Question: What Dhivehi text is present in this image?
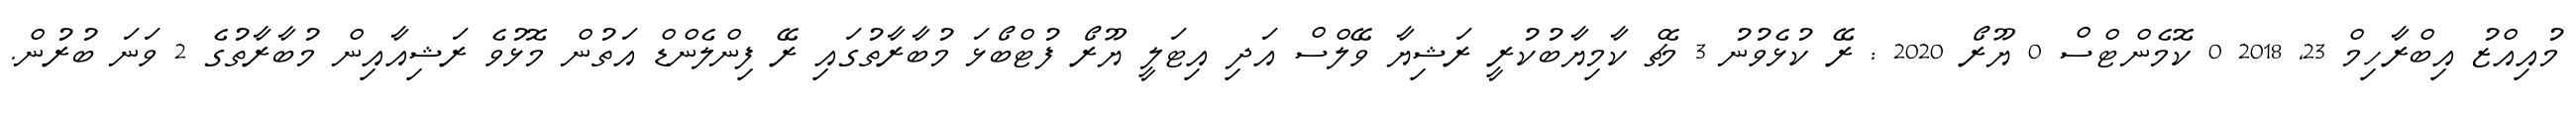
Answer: މުއިއްޒު އިބްރާހިމް 23, 2018 0 ކޮމެންޓްސް 0 ޔޫރޯ 2020 : ރޭ ކުޅެވުނު 3 މެޗް ކާމިޔާބުކުރީ ރަޝިޔާ ވޭލްސް އަދި އިޓަލީ ޔޫރޯ ފުޓްބޯޅަ މުބާރާތުގައި ރޭ ފިންލެންޑް އަތުން މޮޅުވެ ރަޝިއާއިން މުބާރާތުގެ 2 ވަނަ ބުރުން.